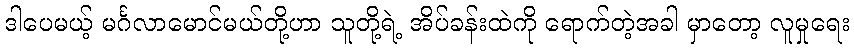
ဒါပေမယ့် မင်္ဂလာမောင်မယ်တို့ဟာ သူတို့ရဲ့ အိပ်ခန်းထဲကို ရောက်တဲ့အခါ မှာတော့ လူမှုရေး